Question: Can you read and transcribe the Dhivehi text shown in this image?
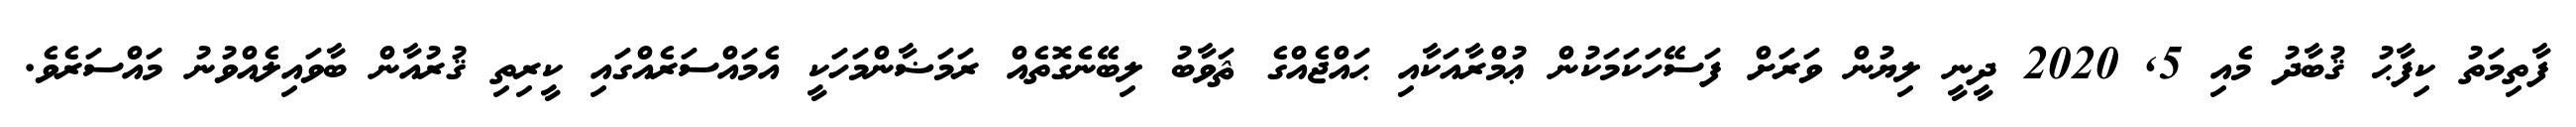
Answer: ފާތިމަތު ކިފާޙު ޤުބާދު މެއި 5, 2020 ދީނީ ލިޔުން ވަރަށް ފަސޭހަކަމަކުން ޢުމްރާއަކާއި ޙައްޖެއްގެ ޘަވާބު ލިބޭނެގޮތެއް ރަމަޟާންމަހަކީ އެމައްސަރެއްގައި ކީރިތި ޤުރުއާން ބާވައިލެއްވުނު މައްސަރެވެ.